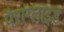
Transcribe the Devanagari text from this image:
पैराग्लाइड